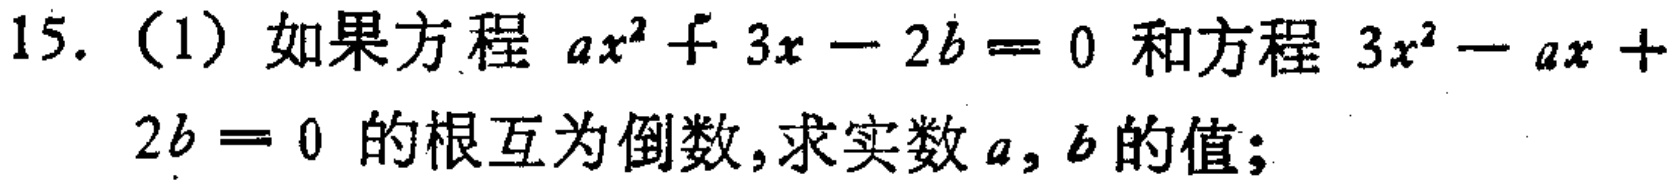
15.（1）如果方程 \(ax^{2}+3x - 2b = 0\) 和方程 \(3x^{2}-ax + 2b = 0\) 的根互为倒数，求实数 \(a,b\) 的值；